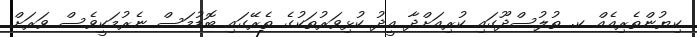
ކިޔުންތެރިއެއް ކ. ތުލުސްދޫގައި ކުރިއަށްދާ އީދު ކުޅިވަރުތަކުގެ ތެރޭގައި ބޮޑުމަސް ނެރުމަކީވެސް ވަރަށް